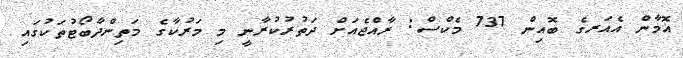
އޮމާން އެއަރގެ ބޮއިން 737 މެކްސް: ރާއްޖެއަށް ދަތުރުކުރާނީ މި މަރުކާގެ މަތިންދާބޯޓުތަކުގައި